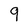
Character: 9